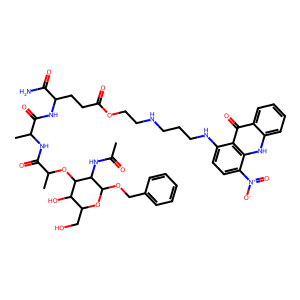
SMILES: CC(=O)NC1C(OCc2ccccc2)OC(CO)C(O)C1OC(C)C(=O)NC(C)C(=O)NC(CCC(=O)OCCNCCCNc1ccc([N+](=O)[O-])c2[nH]c3ccccc3c(=O)c12)C(N)=O
Inhibits HIV replication: No